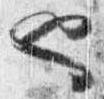
也